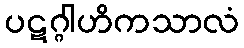
ပဋဂ္ဂါဟိကသာလံ